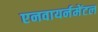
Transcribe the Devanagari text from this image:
एनवायर्नमेंटल